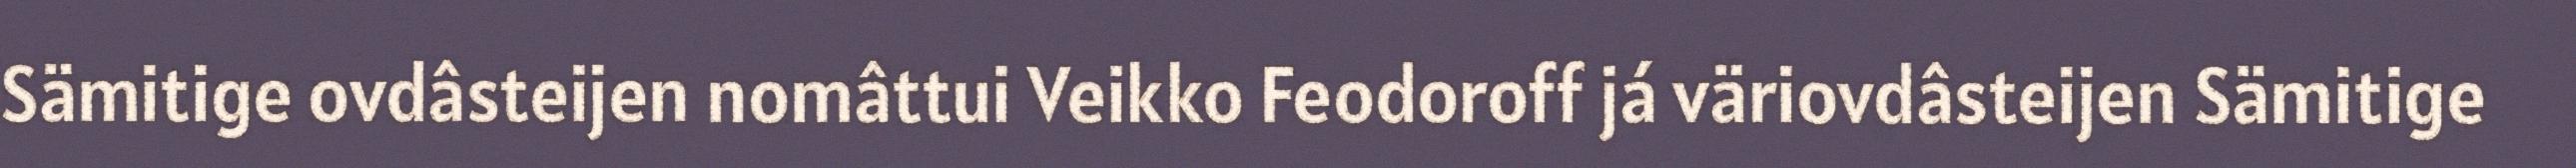
Sämitige ovdâsteijen nomâttui Veikko Feodoroff já väriovdâsteijen Sämitige